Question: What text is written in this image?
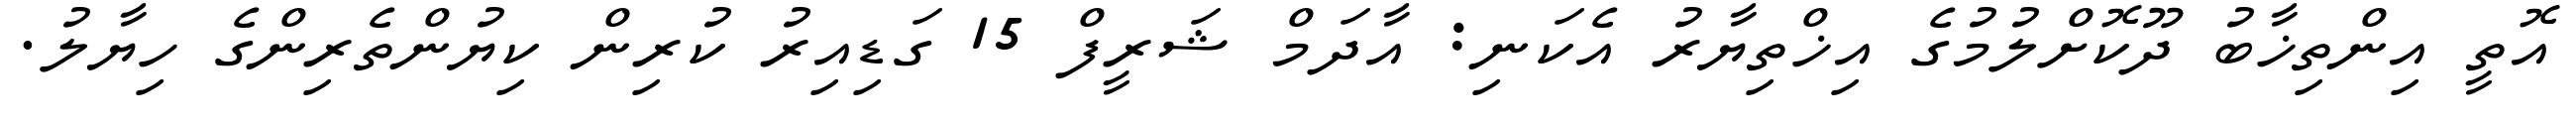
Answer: އޮތީ އިންތިޚާބު ދޫކޮށްލުމުގެ އިޚްތިޔާރު އެކަނި: އާދަމް ޝަރީފް 15 ގަޑިއިރު ކުރިން ކިޔުންތެރިންގެ ހިޔާލު.